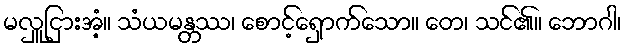
မလှူငြားအံ့။ သံယမန္တဿ၊ စောင့်ရှောက်သော။ တေ၊ သင်၏။ ဘောဂါ၊